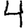
Digit: 4